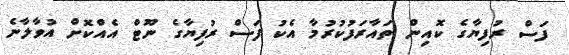
ފަސް ރުފިޔާގެ ކޮއިން ތައާރަފުކުރުމާ އެކު ފަސް ރުފިޔާގެ ނޫޓް އެއްކޮށް އުވާލާނެ